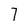
Character: 7